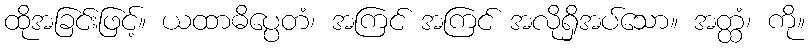
ထိုအခြင်းဖြင့်။ ယထာဓိပ္ပေတံ၊ အကြင် အကြင် အလိုရှိအပ်သော။ အတ္ထံ၊ ကို။